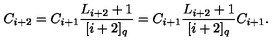
C _ { i + 2 } = C _ { i + 1 } \frac { L _ { i + 2 } + 1 } { [ i + 2 ] _ { q } } = C _ { i + 1 } \frac { L _ { i + 2 } + 1 } { [ i + 2 ] _ { q } } C _ { i + 1 } .